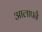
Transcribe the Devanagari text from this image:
आलापनै